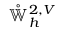
\mathring { \mathbb { W } } _ { h } ^ { 2 , V }